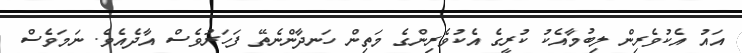
އައު އެކުވެރިން ލިބުމާއެކު ކުރީގެ އެކުވެރިންގެ މަތިން ހަނދާންނެތޭ ފަހަރުވެސް އާދެއެވެ. ނަމަވެސް